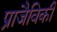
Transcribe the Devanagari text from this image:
प्राजैविकी